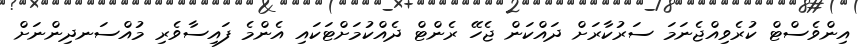
އިންވެސްޓް ކުރެވިއްޖެނަމަ ސަރުކާރަށް ދައްކަން ޖެހޭ ރެންޓް ދެއްކުމަށްޓަކައި އެންމެ ފައިސާވެރި މުއްސަނދިންނަށް